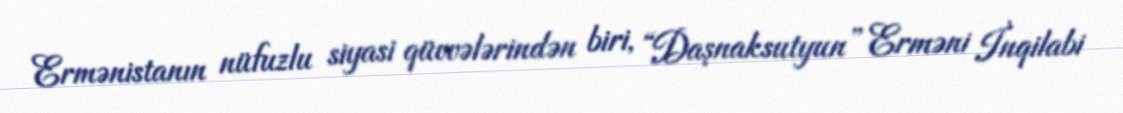
Ermənistanın nüfuzlu siyasi qüvvələrindən biri, “Daşnaksutyun” Erməni İnqilabi